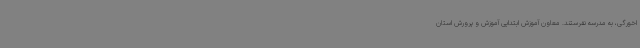
اخورگی، به مدرسه نفرستند. معاون آموزش ابتدایی آموزش و پرورش استان